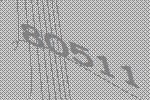
80511